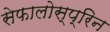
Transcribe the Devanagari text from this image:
सेफालोस्प्रिन